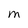
Character: M